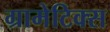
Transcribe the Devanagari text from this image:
ग्रामेटिक्स